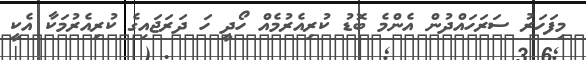
މިފަހަރު ސަރަހައްދުން އެންމެ ބޮޑު ކުރިއެރުމެއް ހޯދީ ހަ ދަރަޖައިގެ ކުރިއެރުމަކާ އެކީ